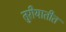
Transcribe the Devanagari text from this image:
तुरीयातीत